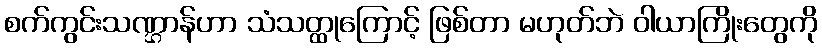
စက်ကွင်းသဏ္ဌာန်ဟာ သံသတ္ထုကြောင့် ဖြစ်တာ မဟုတ်ဘဲ ဝါယာကြိုးတွေကို